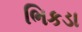
ભિકડા